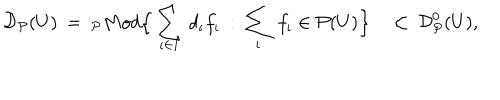
{ \cal D } _ { \cal P } ( U ) \: = \: _ { \cal P } M o d \Big \{ \sum _ { \iota \in I } \, d _ { \iota } f _ { \iota } \: : \: \sum _ { \iota } \, f _ { \iota } \in { \cal P } ( U ) \Big \} \quad \subset \: { \cal D } _ { \cal P } ^ { 0 } ( U ) ,